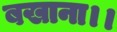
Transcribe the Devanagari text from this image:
बखाना।।